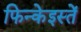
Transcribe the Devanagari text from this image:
फिन्केइस्तें